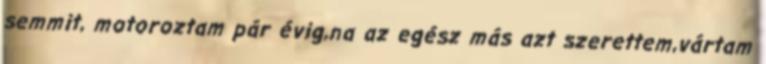
semmit, motoroztam pár évig,na az egész más azt szerettem,vártam